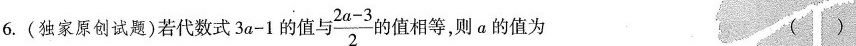
6.(独家原创试题)若代数式3a-1的值 \frac{2a-3}{2}的值相等，则a的值为 ( )